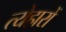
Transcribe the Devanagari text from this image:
त्येहारों